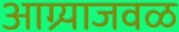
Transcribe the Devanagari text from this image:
आग्र्याजवळ